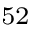
_ { 5 2 }